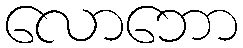
လောဘော